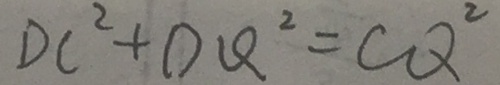
D C ^ { 2 } + D Q ^ { 2 } = C Q ^ { 2 }